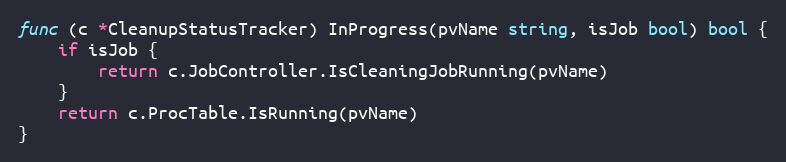
Language: Go
func (c *CleanupStatusTracker) InProgress(pvName string, isJob bool) bool {
	if isJob {
		return c.JobController.IsCleaningJobRunning(pvName)
	}
	return c.ProcTable.IsRunning(pvName)
}